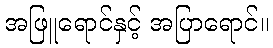
အဖြူရောင်နှင့် အပြာရောင်။